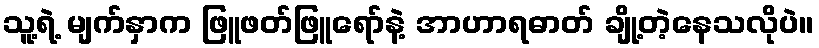
သူ့ရဲ့ မျက်နှာက ဖြူဖတ်ဖြူရော်နဲ့ အာဟာရဓာတ် ချို့တဲ့နေသလိုပဲ။